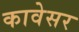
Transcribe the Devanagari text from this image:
कावेसर